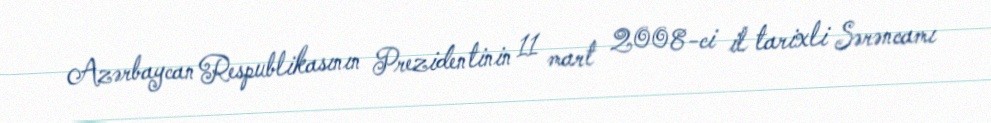
Azərbaycan Respublikasının Prezidentinin 11 mart 2008-ci il tarixli Sərəncamı